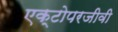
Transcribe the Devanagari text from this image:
एक्टोपरजीवी